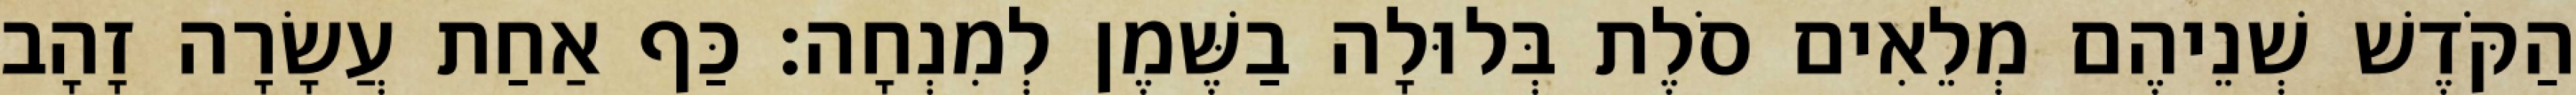
הַקֹּדֶשׁ שְׁנֵיהֶם מְלֵאִים סֹלֶת בְּלוּלָה בַשֶּׁמֶן לְמִנְחָה׃ כַּף אַחַת עֲשָׂרָה זָהָב